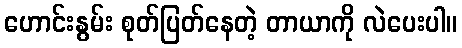
ဟောင်းနွမ်း စုတ်ပြတ်နေတဲ့ တာယာကို လဲပေးပါ။